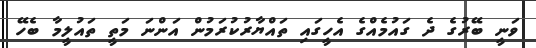
ވަނީ ބޭރުގެ ދެ ގައުމެއްގެ އެހީގައި ތައްޔާރުކުރަމުން އަންނަ މަތީ ތައުލީމާ ބެހޭ